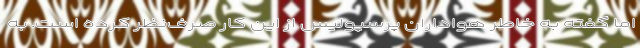
اما گفته به خاطر هواداران پرسپولیس از این کار صرف‌نظر کرده است. به